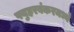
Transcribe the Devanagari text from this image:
फ्युह्ररबंकरमध्ये